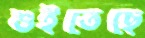
শুইতেছে